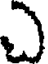
ఎ